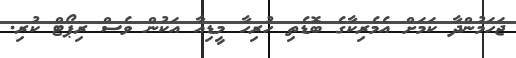
ޖަހަމުންދާ ކަމަށް އެމެރިކާގެ ބޮޑެތި ހުރިހާ މީޑިއާ އަކުން ވެސް ރިޕޯޓް ކުރި.